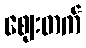
ဈေးတက်